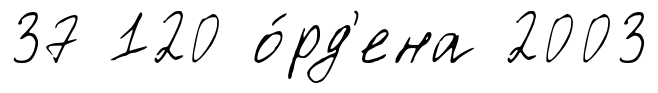
37 120 о́рд'ена 2003